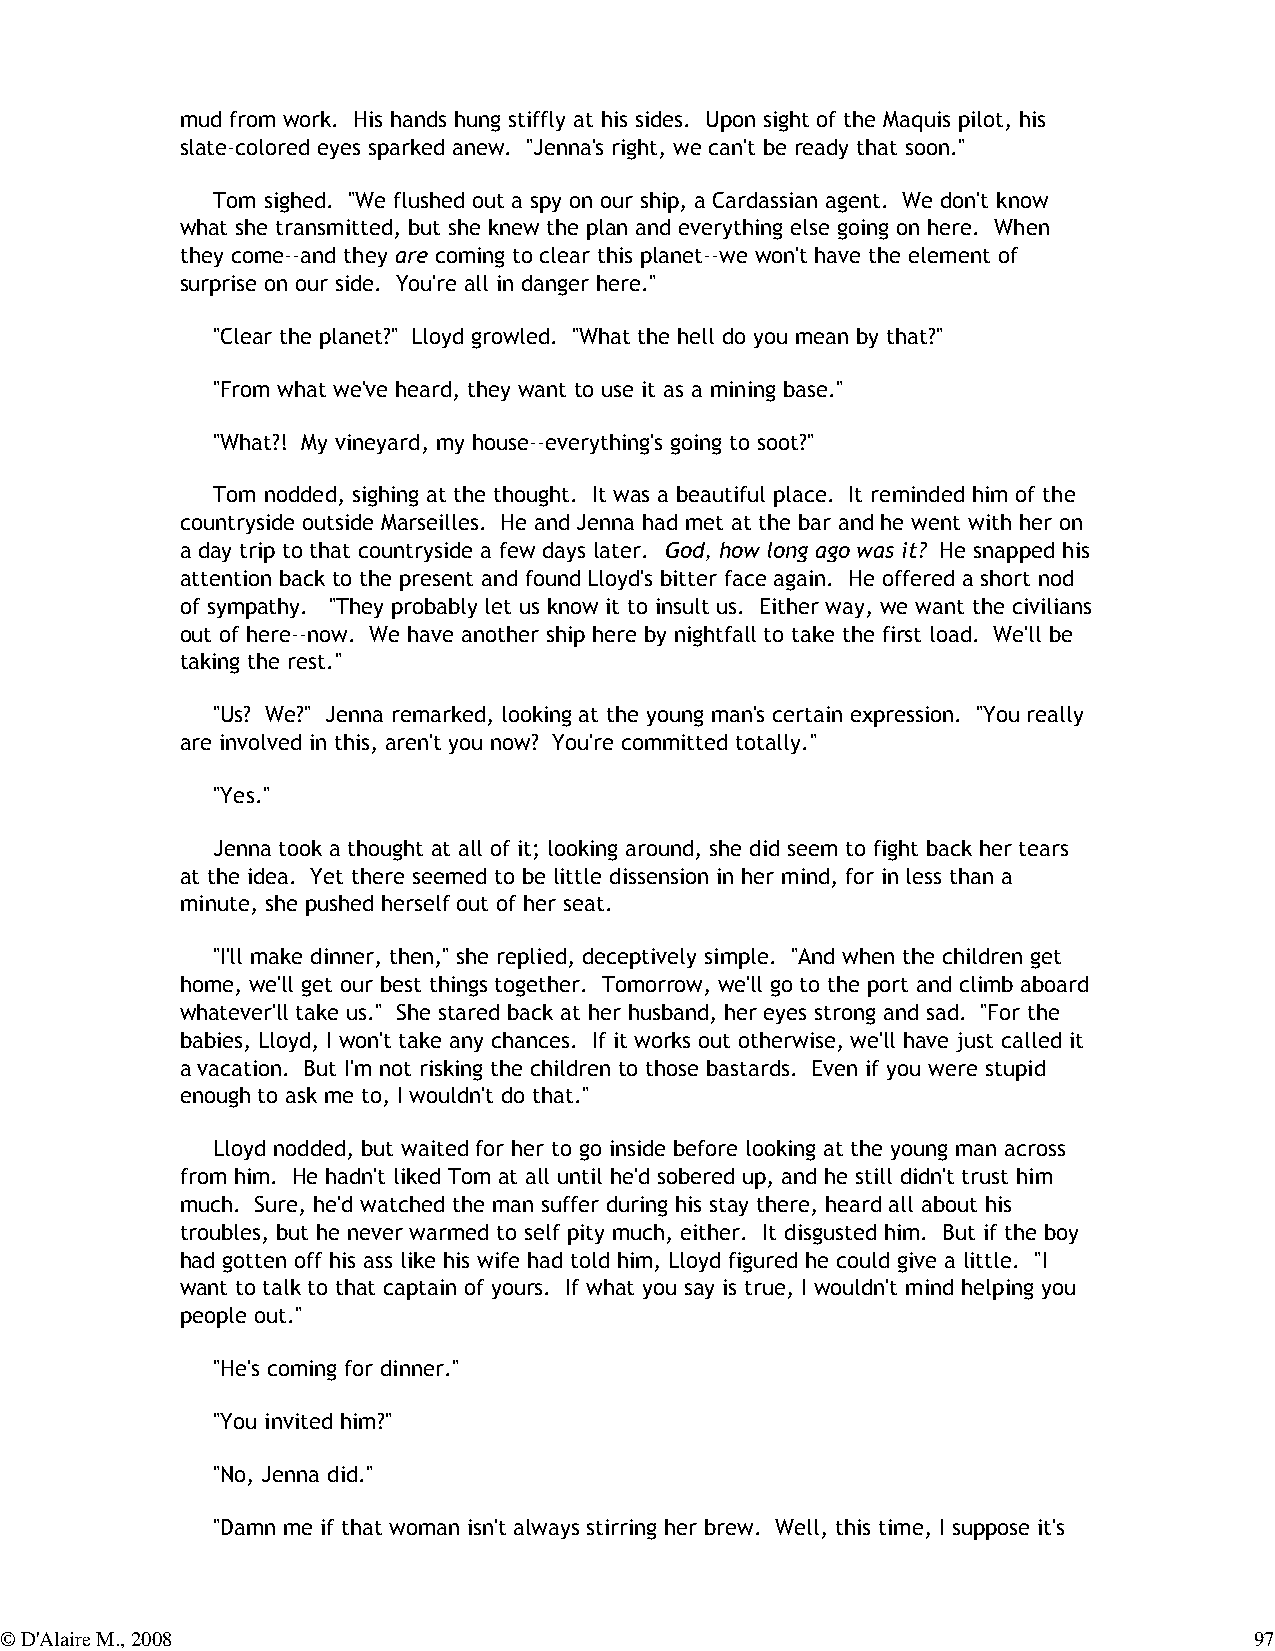
mud from work. His hands hung stiffly at his sides. Upon sight of the Maquis pilot, his
 slate-colored eyes sparked anew. "Jenna's right, we can't be ready that soon."
 Tom sighed. "We flushed out a spy on our ship, a Cardassian agent. We don't know
 what she transmitted, but she knew the plan and everything else going on here. When
 they come--and they are coming to clear this planet--we won't have the element of
 surprise on our side. You're all in danger here."
 "Clear the planet?" Lloyd growled. "What the hell do you mean by that?"
 "From what we've heard, they want to use it as a mining base."
 "What?! My vineyard, my house--everything's going to soot?"
 Tom nodded, sighing at the thought. It was a beautiful place. It reminded him of the
 countryside outside Marseilles. He and Jenna had met at the bar and he went with her on
 a day trip to that countryside a few days later. God, how long ago was it? He snapped his
 attention back to the present and found Lloyd's bitter face again. He offered a short nod
 of sympathy. "They probably let us know it to insult us. Either way, we want the civilians
 out of here--now. We have another ship here by nightfall to take the first load. We'll be
 taking the rest."
 "Us? We?" Jenna remarked, looking at the young man's certain expression. "You really
 are involved in this, aren't you now? You're committed totally."
 "Yes."
 Jenna took a thought at all of it; looking around, she did seem to fight back her tears
 at the idea. Yet there seemed to be little dissension in her mind, for in less than a
 minute, she pushed herself out of her seat.
 "I'll make dinner, then," she replied, deceptively simple. "And when the children get
 home, we'll get our best things together. Tomorrow, we'll go to the port and climb aboard
 whatever'll take us." She stared back at her husband, her eyes strong and sad. "For the
 babies, Lloyd, I won't take any chances. If it works out otherwise, we'll have just called it
 a vacation. But I'm not risking the children to those bastards. Even if you were stupid
 enough to ask me to, I wouldn't do that."
 Lloyd nodded, but waited for her to go inside before looking at the young man across
 from him. He hadn't liked Tom at all until he'd sobered up, and he still didn't trust him
 much. Sure, he'd watched the man suffer during his stay there, heard all about his
 troubles, but he never warmed to self pity much, either. It disgusted him. But if the boy
 had gotten off his ass like his wife had told him, Lloyd figured he could give a little. "I
 want to talk to that captain of yours. If what you say is true, I wouldn't mind helping you
 people out."
 "He's coming for dinner."
 "You invited him?"
 "No, Jenna did."
 "Damn me if that woman isn't always stirring her brew. Well, this time, I suppose it's
 © D'Alaire M., 2008                                                                97